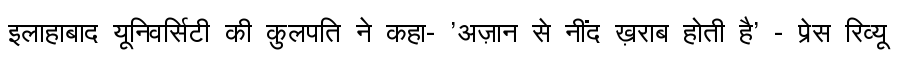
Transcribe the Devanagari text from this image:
इलाहाबाद यूनिवर्सिटी की कुलपति ने कहा- 'अज़ान से नींद ख़राब होती है' - प्रेस रिव्यू